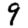
Digit: 9